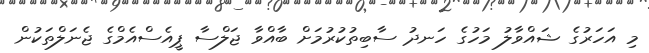
މި އަހަރުގެ ޝައްވާލު މަހުގެ ހަނދު ސާބިތުކުރުމަށް ބާއްވާ ޖަލްސާ ޕީއެސްއެމްގެ ޖެނަލްތަކުން